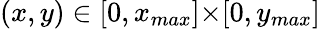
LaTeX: (x,y)\in[0,x_{max}]{\times}[0,y_{max}]